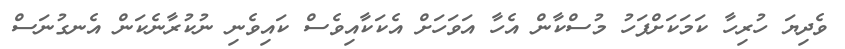
ވެދިޔަ ހުރިހާ ކަމަކަށްފަހު މުސްކާން އެހާ އަވަހަށް އެކަކާއިވެސް ކައިވެނި ނުކުރާނެކަން އެނގުނަސް